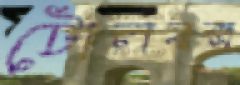
টোলবক্স